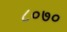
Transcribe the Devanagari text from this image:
८०७०